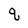
Character: q